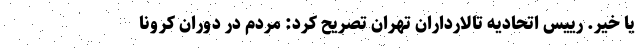
یا خیر. رییس اتحادیه تالارداران تهران تصریح کرد: مردم در دوران کرونا